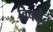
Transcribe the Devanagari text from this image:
विषरीत